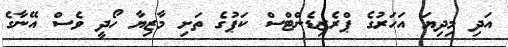
އަދި މިދިޔަ އަހަރުގެ ޕްރެޒިޑެންޓްސް ކަޕުގެ ތަށި މާޒިޔާ ހޯދީ ވެސް އޭނާގެ